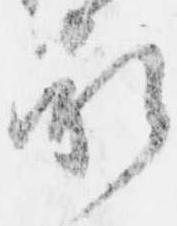
承